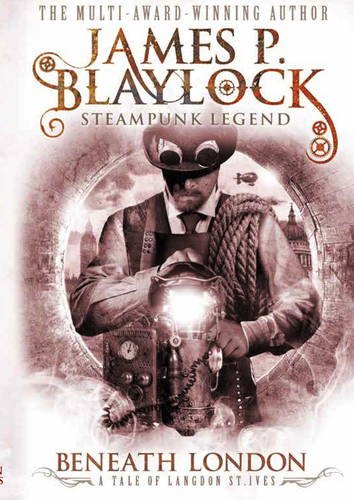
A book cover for Beneath London (Langdon St. Ives); James P. Blaylock; Science Fiction & Fantasy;